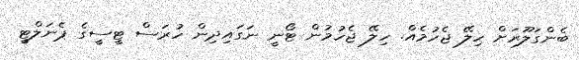
ބެންގަލޫރަށް ހިލޭ ޖެހުމެއް. ހިލޭ ޖެހުމުން ޓޯނީ ނަގައިދިން ހުރަސް ޓީސީގެ ޕެނަލްޓީ